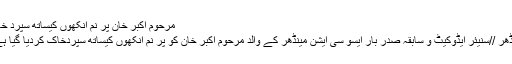
مرحوم اکبر خان پُر نم آنکھوں کیساتھ سپرد خاک
مینڈھر //سنیئر ایڈوکیٹ و سابقہ صدر بار ایسو سی ایشن مینڈھر کے والد مرحوم اکبر خان کو پُر نم آنکھوں کیساتھ سپردخاک کردیا گیا ہے ۔